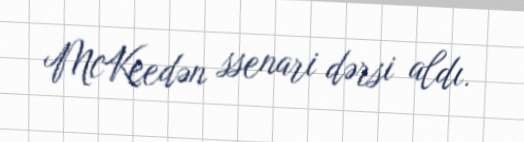
McKeedən ssenari dərsi aldı.